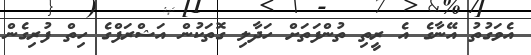
އެވަގުތު އޭނާގެ އެ ރީތި ތުންފަތަށް ހަދާލި ގޮތަކުން އަޝްރަފްގެ ހިތް ފުރިގެން